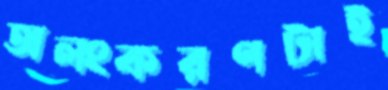
অলংকরণটাই